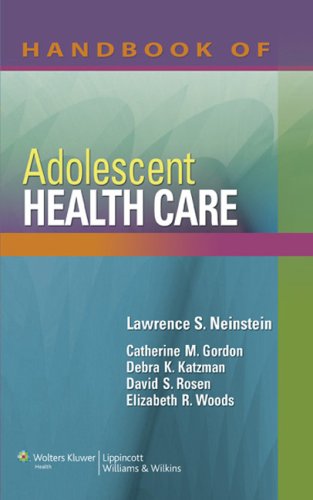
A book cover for Handbook of Adolescent Health Care; Medical Books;